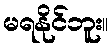
မရနိုင်ဘူး။